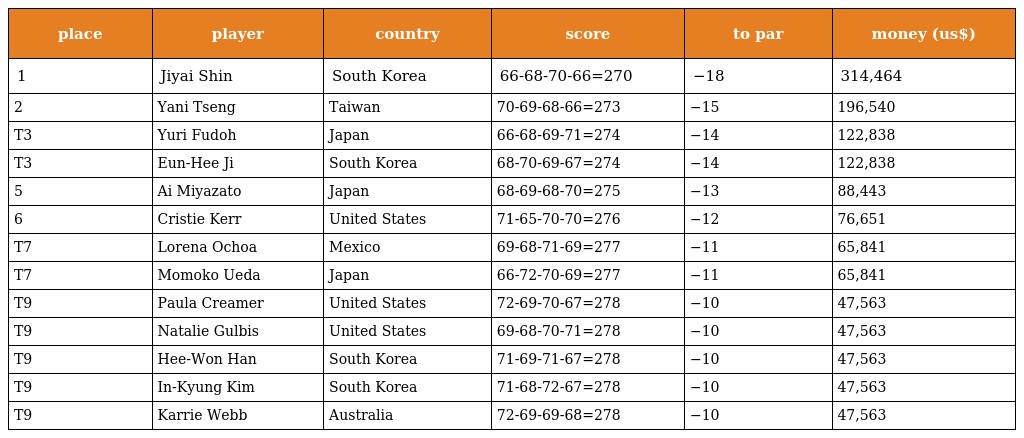
| place | player | country | score | to par | money (us$) |
 | --- | --- | --- | --- | --- | --- |
 | 1 | Jiyai Shin | South Korea | 66-68-70-66=270 | −18 | 314,464 |
 | 2 | Yani Tseng | Taiwan | 70-69-68-66=273 | −15 | 196,540 |
 | T3 | Yuri Fudoh | Japan | 66-68-69-71=274 | −14 | 122,838 |
 | T3 | Eun-Hee Ji | South Korea | 68-70-69-67=274 | −14 | 122,838 |
 | 5 | Ai Miyazato | Japan | 68-69-68-70=275 | −13 | 88,443 |
 | 6 | Cristie Kerr | United States | 71-65-70-70=276 | −12 | 76,651 |
 | T7 | Lorena Ochoa | Mexico | 69-68-71-69=277 | −11 | 65,841 |
 | T7 | Momoko Ueda | Japan | 66-72-70-69=277 | −11 | 65,841 |
 | T9 | Paula Creamer | United States | 72-69-70-67=278 | −10 | 47,563 |
 | T9 | Natalie Gulbis | United States | 69-68-70-71=278 | −10 | 47,563 |
 | T9 | Hee-Won Han | South Korea | 71-69-71-67=278 | −10 | 47,563 |
 | T9 | In-Kyung Kim | South Korea | 71-68-72-67=278 | −10 | 47,563 |
 | T9 | Karrie Webb | Australia | 72-69-69-68=278 | −10 | 47,563 |